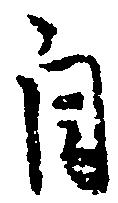
自